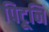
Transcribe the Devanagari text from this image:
पिटूनि